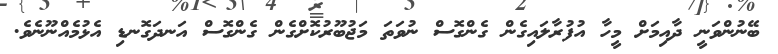
ބޭނުންވަނީ ދާއިމަށް މީހާ އުފުރާލައިގެން ގެންގޮސް ނުވަތަ މަޖުބޫރުކޮށްގެން ގެންގޮސް އަނދަގޮނޑި އެޅުމެއްނޫނެވެ.